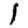
Digit: 1